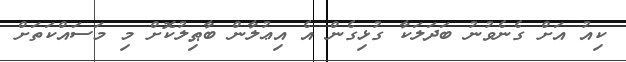
ކިއު އަށް ގެނެވުނު ބަދަލަކާ ގުޅިގެން އެ އިޢުލާން ބާޠިލުކޮށް މި މަސައްކަތަށް